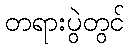
တရားပွဲတွင်